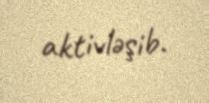
aktivləşib.